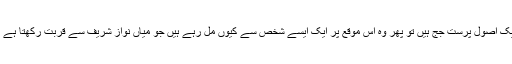
اب سوال یہ ہے کہ اگر وہ واقعی ایک اصول پرست جج ہیں تو پھر وہ اس موقع پر ایک ایسے شخص سے کیوں مل رہے ہیں جو میاں نواز شریف سے قربت رکھتا ہے اور جو ان کا جانا پہچانا جیالا ہے۔